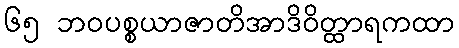
၆၅ ဘဝပစ္စယာဇာတိအာဒိဝိတ္ထာရကထာ